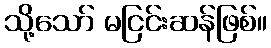
သို့သော် မငြင်းဆန်ဖြစ်။